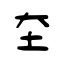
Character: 圶